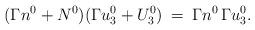
LaTeX: \begin{align*} (\Gamma n^0 + N^0) (\Gamma u^0_3 + U^0_3 ) \: = \: \Gamma n^0 \, \Gamma u^0_3. \end{align*}